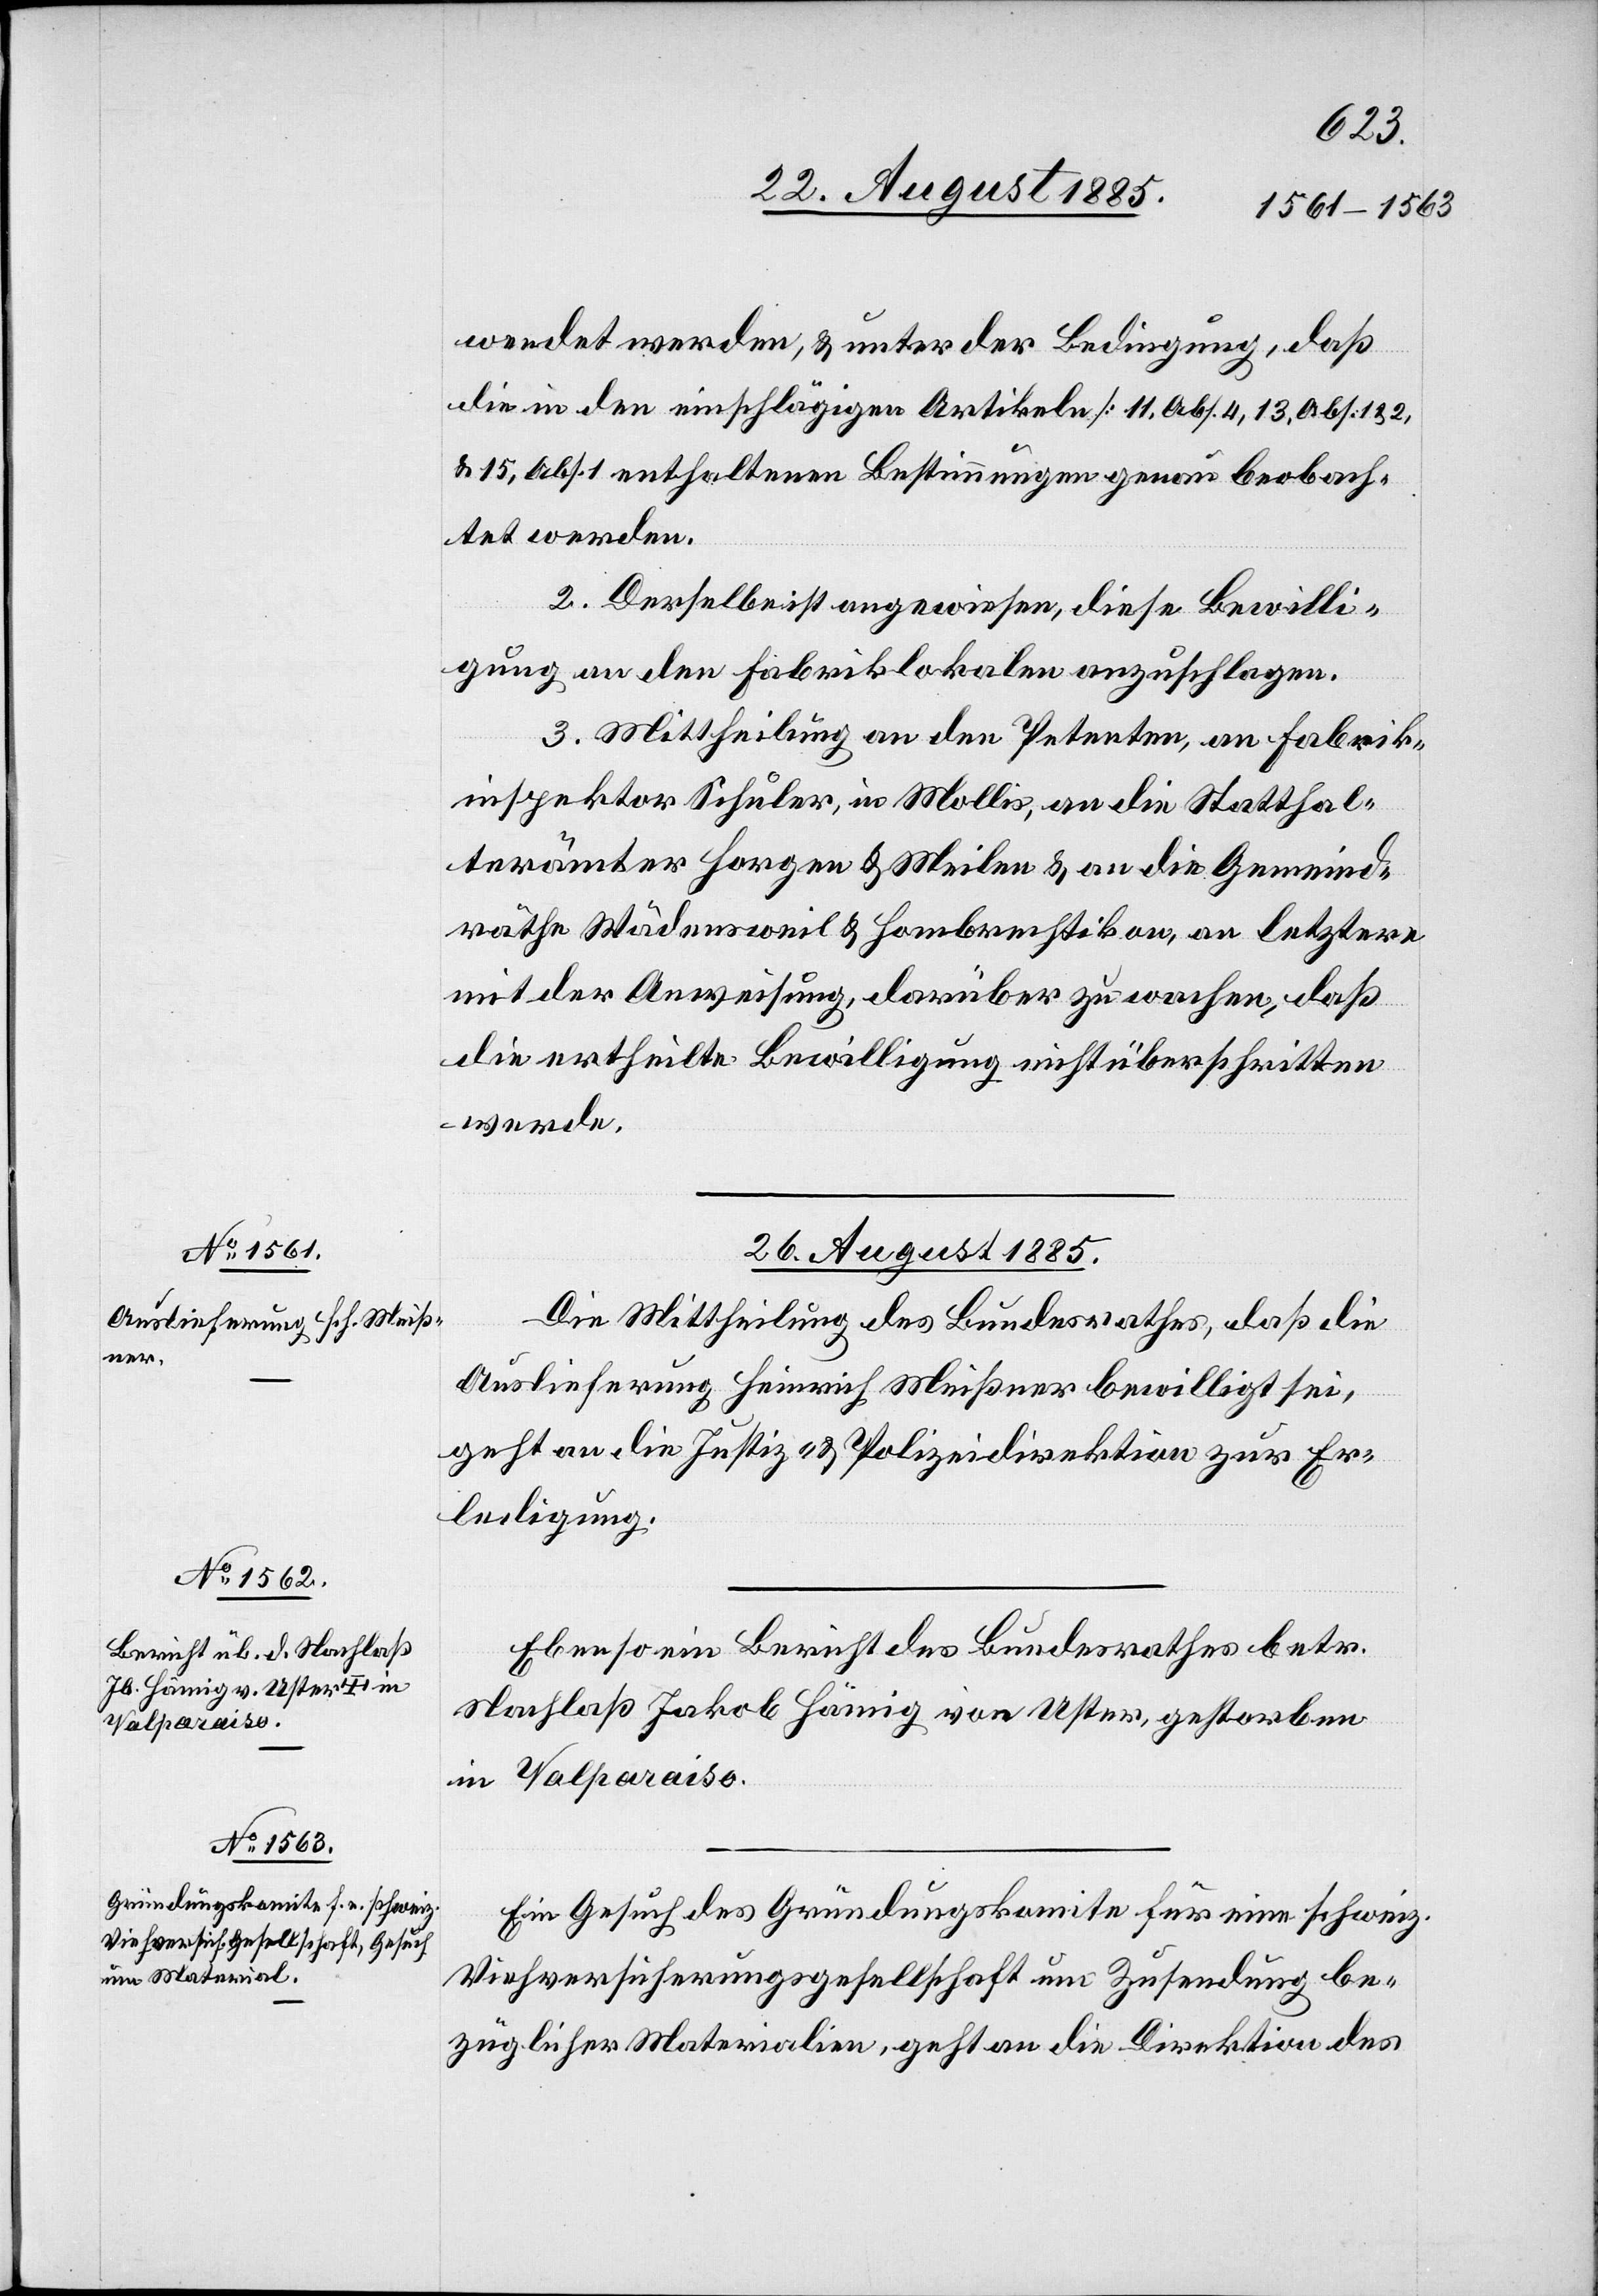
wendet werden, & unter der Bedingung, daß
die in den einschlägigen Artikeln [11, Abs. 4, 13, Abs. 1 & 2
& 15, Abs. 1] enthaltenen Bestimmungen genau beobach¬
tet werden.
2. Derselbe ist angewiesen, diese Bewilli¬
gung an den Fabriklokalen anzuschlagen.
3. Mittheilung an den Petenten, an Fabrik¬
inspektor Schuler, in Mollis, an die Statthal¬
terämter Horgen & Meilen & an die Gemeind¬
räthe Wädensweil & Hombrechtikon, an letztere
mit der Anweisung, darüber zu wachen, daß
die ertheilte Bewilligung nicht überschritten
werde.
26. August 1885.]
Die Mittheilung des Bundesrathes, daß die
Auslieferung Heinrich Meißner bewilligt sei,
geht an die Justiz- & Polizeidirektion zur Er¬
ledigung.
Ebenso ein Bericht des Bundesrathes betr.
Nachlaß Jakob Hämig von Uster, gestorben
in Valparaiso.
Ein Gesuch des Gründungskomite für eine schweiz.
Viehversicherungsgesellschaft um Zusendung be¬
züglicher Materialien, geht an die Direktion des